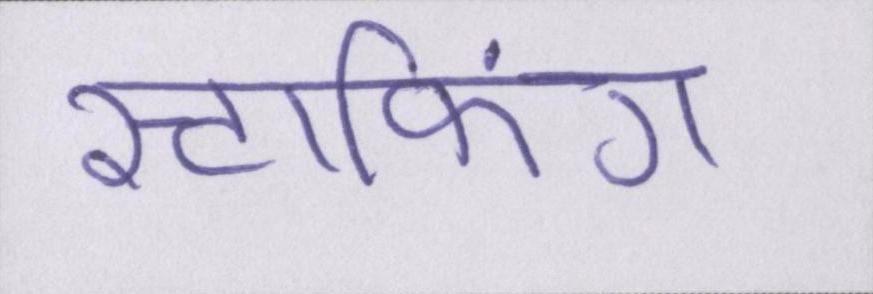
स्टाफिंग